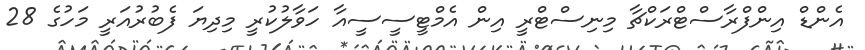
އެންޑް އިންފްރާސްޓްރަކްޗާ މިނިސްޓްރީ އިން އެމްޓީސީސީއާ ހަވާލުކުރީ މިދިޔަ ފެބުރުއަރީ މަހުގެ 28